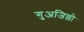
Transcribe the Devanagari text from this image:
गुअजिल्लो